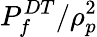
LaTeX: P_{f}^{DT}/\rho_{p}^{2}